Leaving Certificate Examination (including Day School Certificate (Higher) General paper), 1927
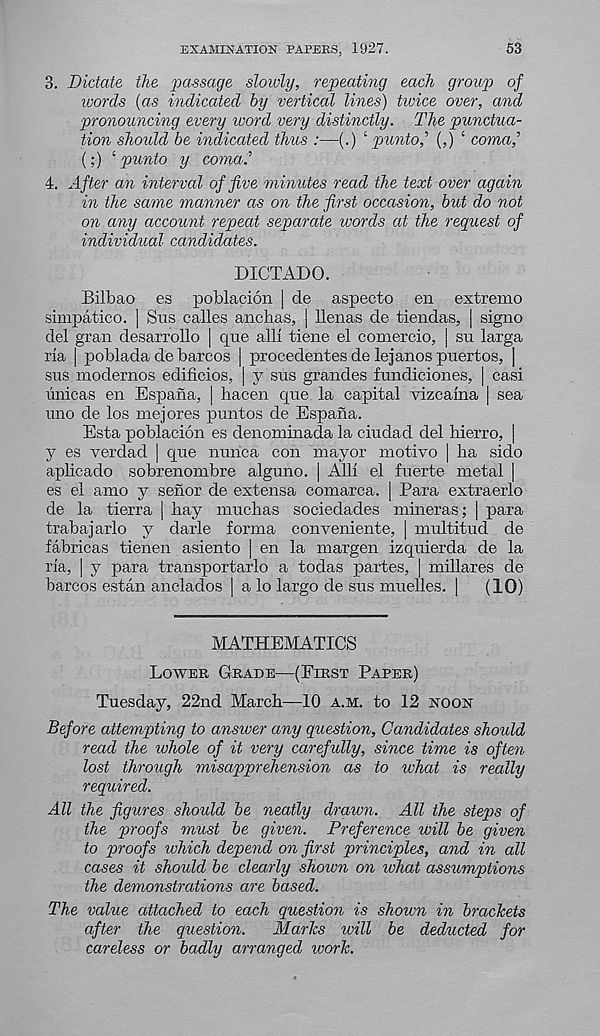
EXAMINATION PAPERS, 1927.
53
3. Dictate the passage slowly, repeating each group of
ivords (as indicated by vertical lines) tivice over, and
pronouncing every ivord very distinctly. The punctua-
tion should be indicated thus :—(.) ‘ puntof (,) ‘ comaf
(;) 1 punto y coma?
4. After an interval of five minutes read the text over again
in the same manner as on the first occasion, but do not
on any account repeat separate words at the request of
individual candidates.
DICTADO.
Bilbao es poblacion | de aspecto en extreme
simpatico. | Sus calles anchas, | llenas de tiendas, | signo
del gran desarrollo | que all! tiene el comercio, j su larga
ria | poblada de barcos | procedentes de lejanos puertos, |
sus modernos edificios, | y sus grandes fundiciones, | casi
unicas en Espana, | hacen cpie la capital vizcaina | sea
uno de los mejores puntos de Espana.
Esta poblacion es denominada la ciudad del hierro, |
y es verdad ] que nunca con mayor motivo | ha sido
aplicado sobrenombre alguno. | AIK el fuerte metal |
es el amo y senor de extensa comarca. | Para extraerlo
de la tierra | hay muchas sociedades mineras; | para
trabajarlo y darle forma conveniente, | multitud de
fabricas tienen asiento | en la margen izquierda de la
ria, | y para transportarlo a todas partes, | millares de
barcos estan anelados | a lo largo de sus muelles. |
(10)
MATHEMATICS
Lower Grade—(First Paper)
Tuesday, 22nd March—10 a.m. to 12 noon
Before attempting to answer any question, Candidates should
read the whole of it very carefully, since time is often
lost through misapprehension as to what is really
required.
All the figures should be neatly drawn. All the steps of
the proofs must be given. Preference will be given
to proofs which depend on first principles, and in all
cases it should be clearly shown on what assumptions
the demonstrations are based.
The value attached to each question is shown in brackets
after the question.
Marks will be deducted for
careless or badly arranged icork.